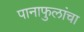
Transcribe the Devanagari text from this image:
पानाफुलांचा